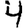
Digit: 4